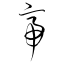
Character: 帝